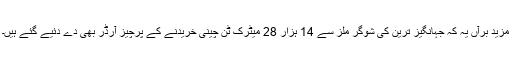
مزید برآں یہ کہ جہانگیز ترین کی شوگر ملز سے 14 ہزار 28 میٹرک ٹن چینی خریدنے کے پرچیز آرڈر بھی دے دئیے گئے ہیں۔